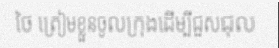
ថៃ ត្រៀមខ្លួនចូលក្រុងដើម្បីជួសជុល